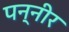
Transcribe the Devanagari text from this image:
पन्नीर